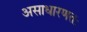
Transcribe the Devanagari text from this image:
असाधारणतः